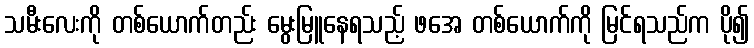
သမီးလေးကို တစ်ယောက်တည်း မွေးမြူနေရသည့် ဖအေ တစ်ယောက်ကို မြင်ရသည်က ပို၍